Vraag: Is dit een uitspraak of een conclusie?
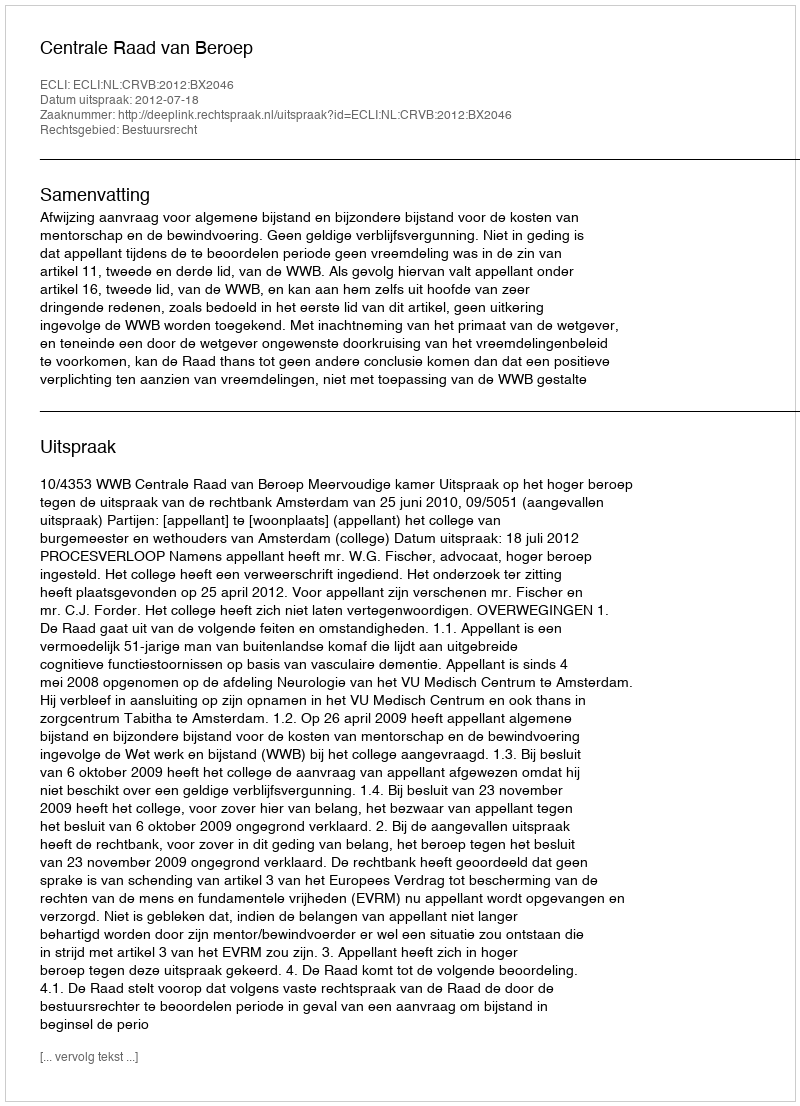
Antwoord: Uitspraak